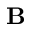
{ \bf B }